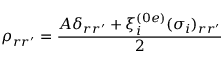
\rho _ { r r ^ { \prime } } = \frac { A \delta _ { r r ^ { \prime } } + \xi _ { i } ^ { ( 0 e ) } ( \sigma _ { i } ) _ { r r ^ { \prime } } } { 2 }